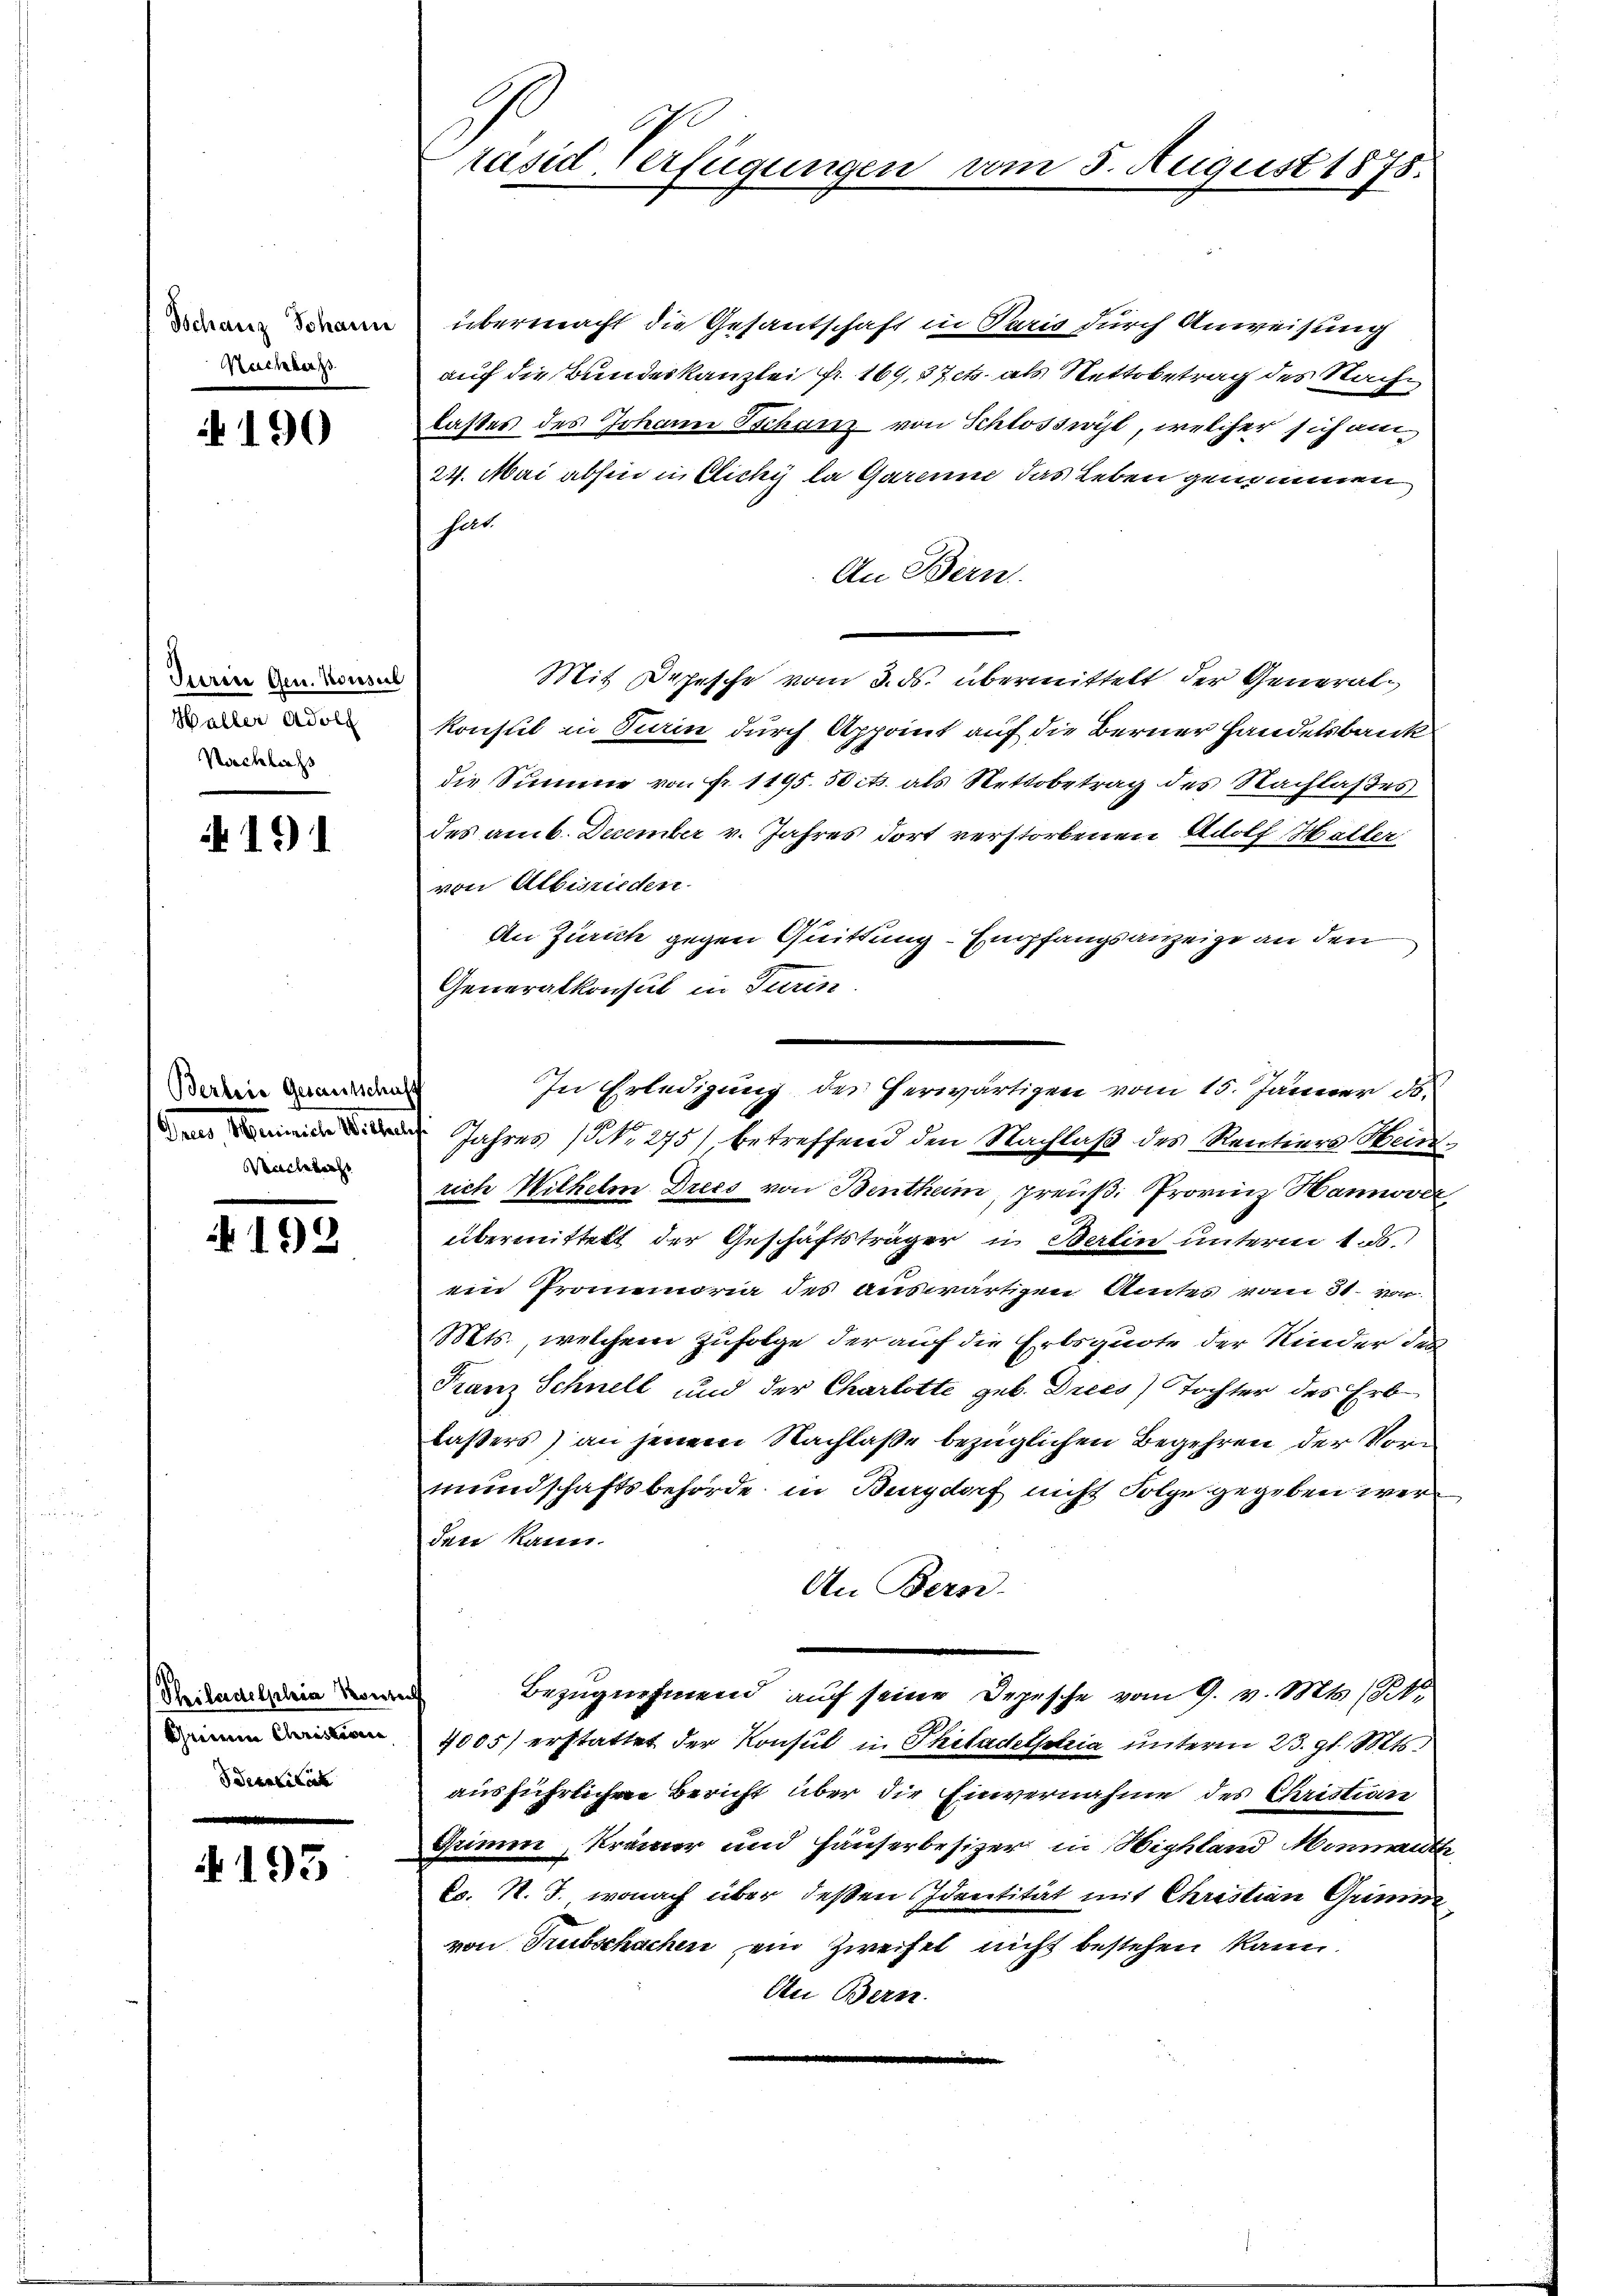
Tschanz Johann
Nachbar z

190

Tieren Gen. Konser
Haller Adolf
Nachlachs

4191

Bertrie Gesamtschaff
Machtacht

192

Philadelphia Ponte
khennin Christerin
Identilit

4193

Präsid Verfügungen

übermacht die Gesantschaft in Paris durch Anweisung
auf die Bundeskanzlei fr. 169, 37 et als Nettobetrag des Sache
lasses des Johann Schanz von Schlosswyl, welcher sich an¬
24. Mai abhin in Cichy la Garenne das Leben genommen
hat
An Bern.
Mit Depesche vom 3. ds. übermittelt der Generalkonstil in Turin durch Appoint auf die Berner Handelsbank
die Summe von Fr. 1195. 50 cts. als Nettobetrag des Nachlaßes
des amb. December v. Jahres dort verstorbenen Adolf Halter
von Albisrieden.
An Zürich gegen Quittung - Empfangsanzeige an den
Generalkonsul in Turin
Jahres (NNo. 275) betreffend den Nachlaß des Rentiers Weinrich Wilhelm Drecs von Benthum, preuß. Provinz Hannover
übermittelt der Geschäftsträger in Berlin unterm 1. ds.
ein Promemoria des auswärtigen Amtes vom 30. von
Mts., welchem Zufolge der auf die Erbsquote der Kinder des
Franz Schnell und der Charlotte geb. Drecs) Tochter des Erblasers) an jenem Nachlaße bezüglichen Begehren der Vormundschaftsbehörde in Burgdorf nicht Folge gegeben wer
den kann.
An Bern-
¬
Bezugnehmend auf seine Depesche vom 9. v. Mts. (
2005) erstattet der Konsul in Philadelphia unterm 23. gl. Mts.
ausführlichen Bericht über die Einvernahme des Christian
Grimm, Krämer und Häuserbesizer in Highland Minmutte
ko. N. T. wonach über deßen Identität mit Christian Grimm
von Trubschachen ein Zweifel nicht bestehen kann.
Au Bern.

am 5. August 1875.

In Erledigung des herwärtigen vom 15. Jänner d.